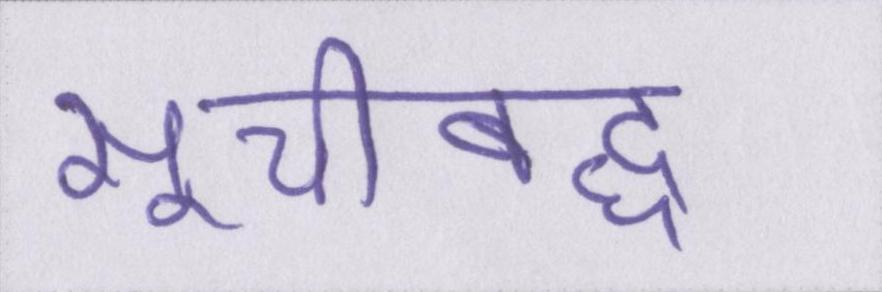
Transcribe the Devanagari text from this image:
सूचीबद्ध